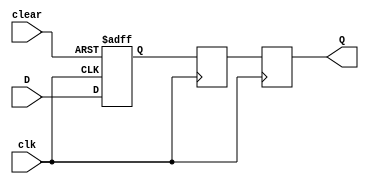
module d_flip_flop (
    input wire D,
    input wire clk,
    input wire clear,
    output reg Q
);

reg D_ff, Q_ff;

// First latch triggered by positive edge of clock
always @(posedge clk or posedge clear)
begin
    if (clear)
        D_ff <= 0;
    else 
        D_ff <= D;
end

// Second latch triggered by negative edge of clock
always @(negedge clk)
begin
    Q_ff <= D_ff;
end

// Output Q remains stable until negative edge of clock
always @(posedge clk)
begin
    Q <= Q_ff;
end

endmodule